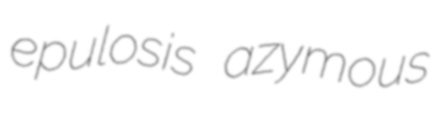
epulosis azymous